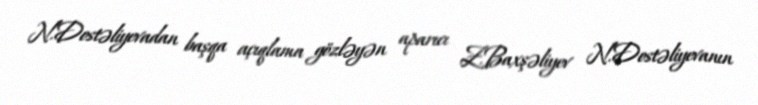
N.Dostəliyevadan başqa açıqlama gözləyən aparıcı Z.Baxşəliyev N.Dostəliyevanın